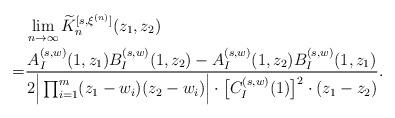
LaTeX: \begin{align*} & \lim_{n \to \infty} \widetilde{K}_n^{[s, \xi^{(n)}]} (z_1, z_2) \\ = & \frac{A_I^{(s,w)}(1, z_1) B_I^{(s,w)}(1, z_2) - A_I^{(s,w)}(1, z_2) B_I^{(s,w)}(1, z_1) }{ 2 \Big| \prod_{i= 1}^m (z_1 - w_i) (z_2 - w_i )\Big|\cdot \big[C_I^{(s, w)}(1) \big]^2 \cdot (z_1-z_2)}. \end{align*}